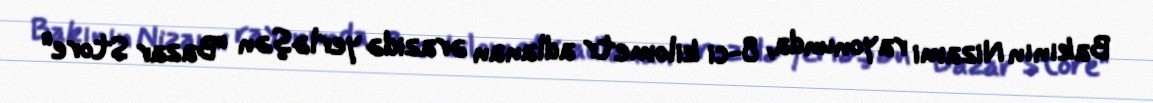
Bakının Nizami rayonunda, 8-ci kilometr adlanan ərazidə yerləşən "Bazar Store"